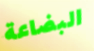
البضاعة